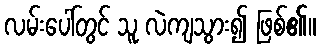
လမ်းပေါ်တွင် သူ လဲကျသွား၍ ဖြစ်၏။